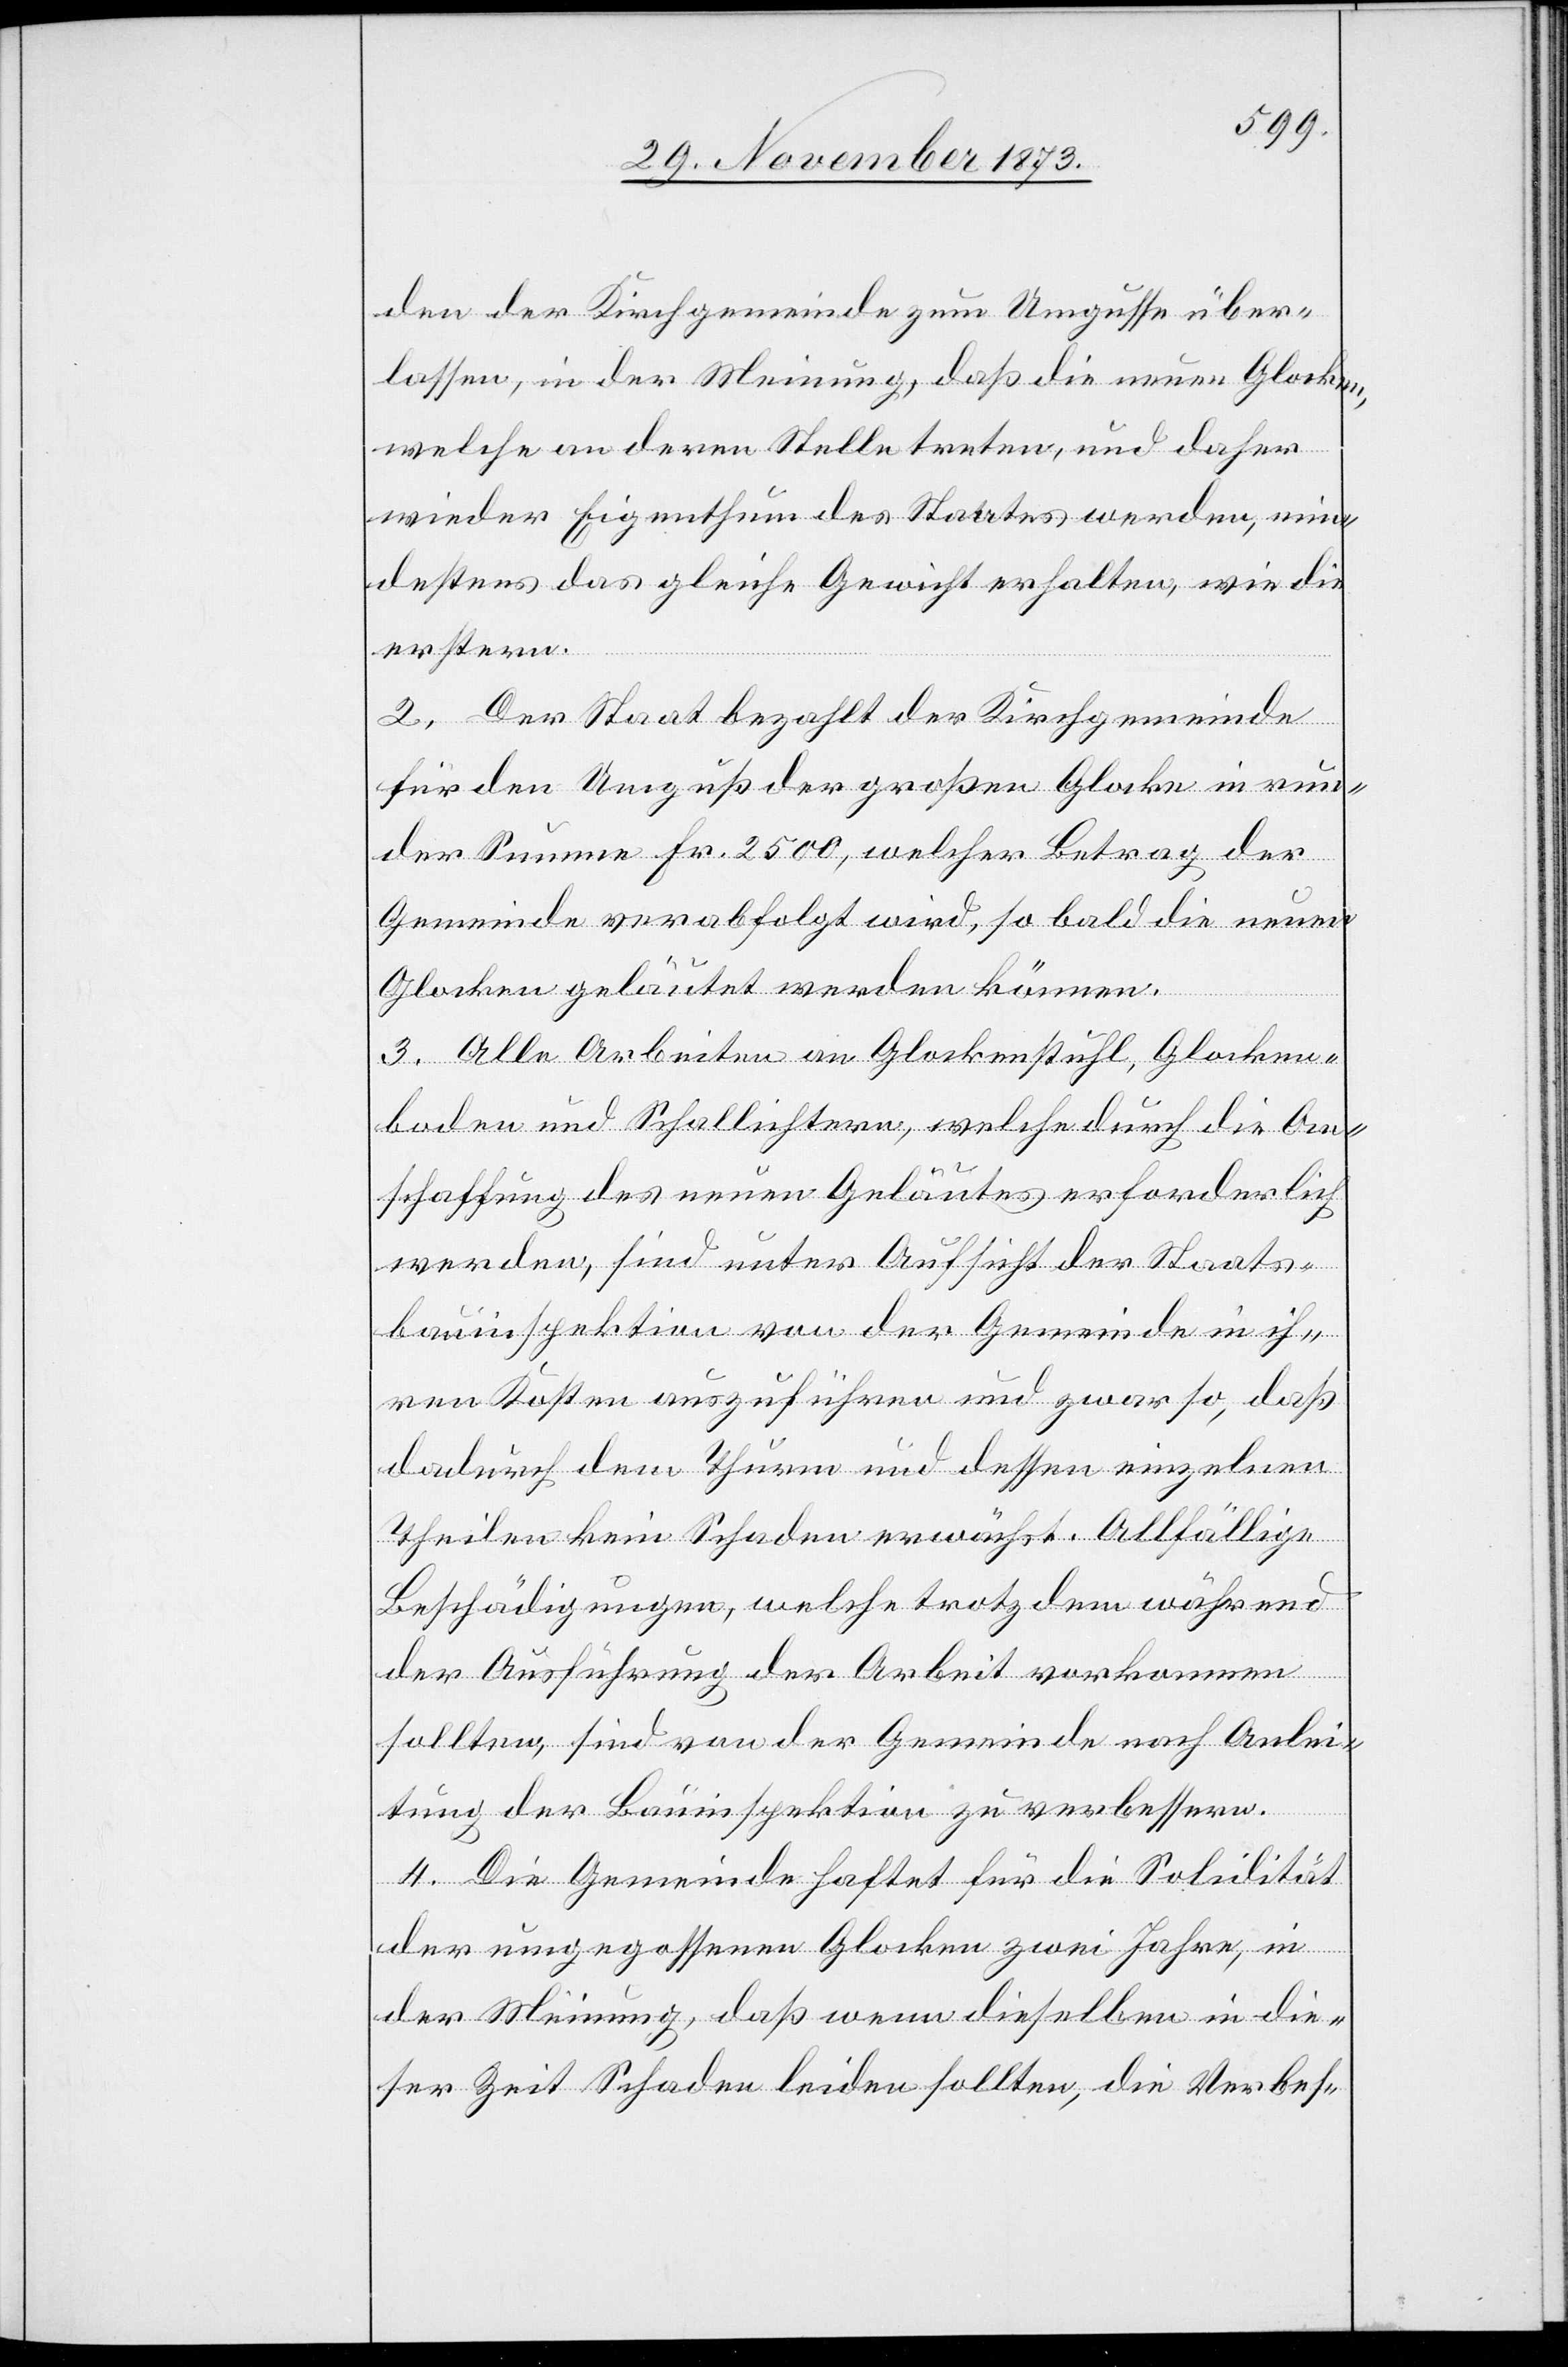
den der Kirchgemeinde zum Umgusse über¬
lassen, in der Meinung, daß die neuen Glocken,
welche an deren Stelle treten, und daher
wieder Eigenthum des Staates werden, min¬
destens das gleiche Gewicht erhalten, wie die
erstern.
2. Der Staat bezahlt der Kirchgemeinde
für den Umguß der großen Glocke in run¬
der Summe Fr. 2 500, welcher Betrag der
Gemeinde verabfolgt wird, so bald die neuen
Glocken geläutet werden können.
3. Alle Arbeiten an Glockenstuhl, Glocken¬
boden und Schallichtern, welche durch die An¬
schaffung des neuen Geläutes erforderlich
werden, sind unter Aufsicht der Staats¬
bauinspektion von der Gemeinde in ih¬
ren Kosten auszuführen und zwar so, daß
dadurch dem Thurm und dessen einzelnen
Theilen kein Schaden erwächst. Allfällige
Beschädigungen, welche trotz dem [sic!] während
der Ausführung der Arbeit vorkommen
sollten, sind von der Gemeinde nach Anlei¬
tung der Bauinspektion zu verbessern.
4. Die Gemeinde haftet für die Solidität
der umgegossenen Glocken zwei Jahre, in
der Meinung, daß wenn dieselben in die¬
ser Zeit Schaden leiden sollten, die Verbes-